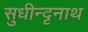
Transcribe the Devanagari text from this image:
सुधीन्दृनाथ